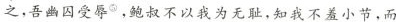
之，吾幽囚受辱^{⑤}，鲍叔不以我为无耻，知我不羞小节，而